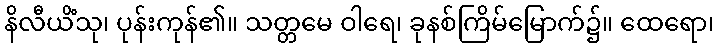
နိလီယိံသု၊ ပုန်းကုန်၏။ သတ္တမေ ဝါရေ၊ ခုနစ်ကြိမ်မြောက်၌။ ထေရော၊